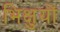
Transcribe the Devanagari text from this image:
भिक्षुयों